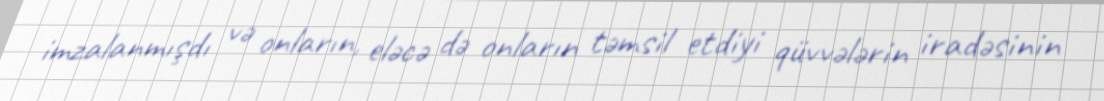
imzalanmışdı və onların, eləcə də onların təmsil etdiyi qüvvələrin iradəsinin